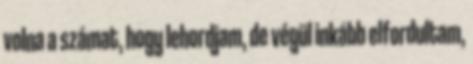
volna a számat, hogy lehordjam, de végül inkább elfordultam,